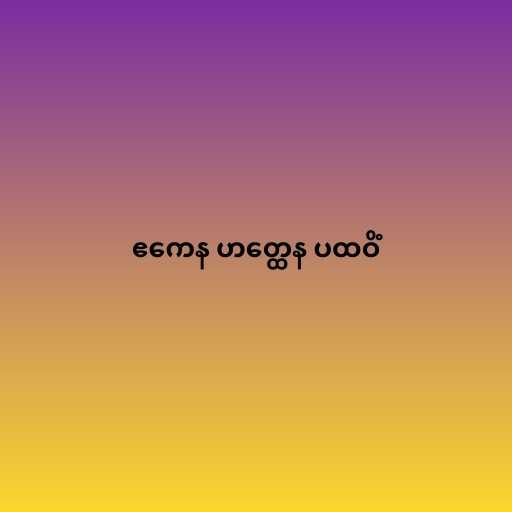
ဧကေန ဟတ္ထေန ပထဝိံ